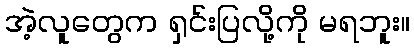
အဲ့လူတွေက ရှင်းပြလို့ကို မရဘူး။